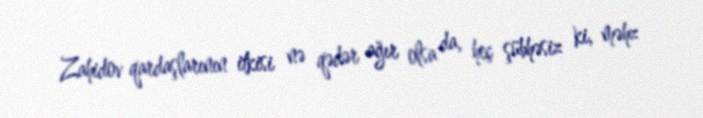
Zahidov qardaşlarının itkisi nə qədər ağır olsa da, heç şübhəsiz ki, məhz